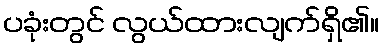
ပခုံးတွင် လွယ်ထားလျက်ရှိ၏။